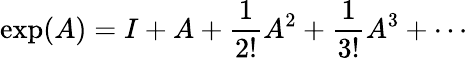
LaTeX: \exp(A)=I+A+{\frac{1}{2!}}A^{2}+{\frac{1}{3!}}A^{3}+\cdots